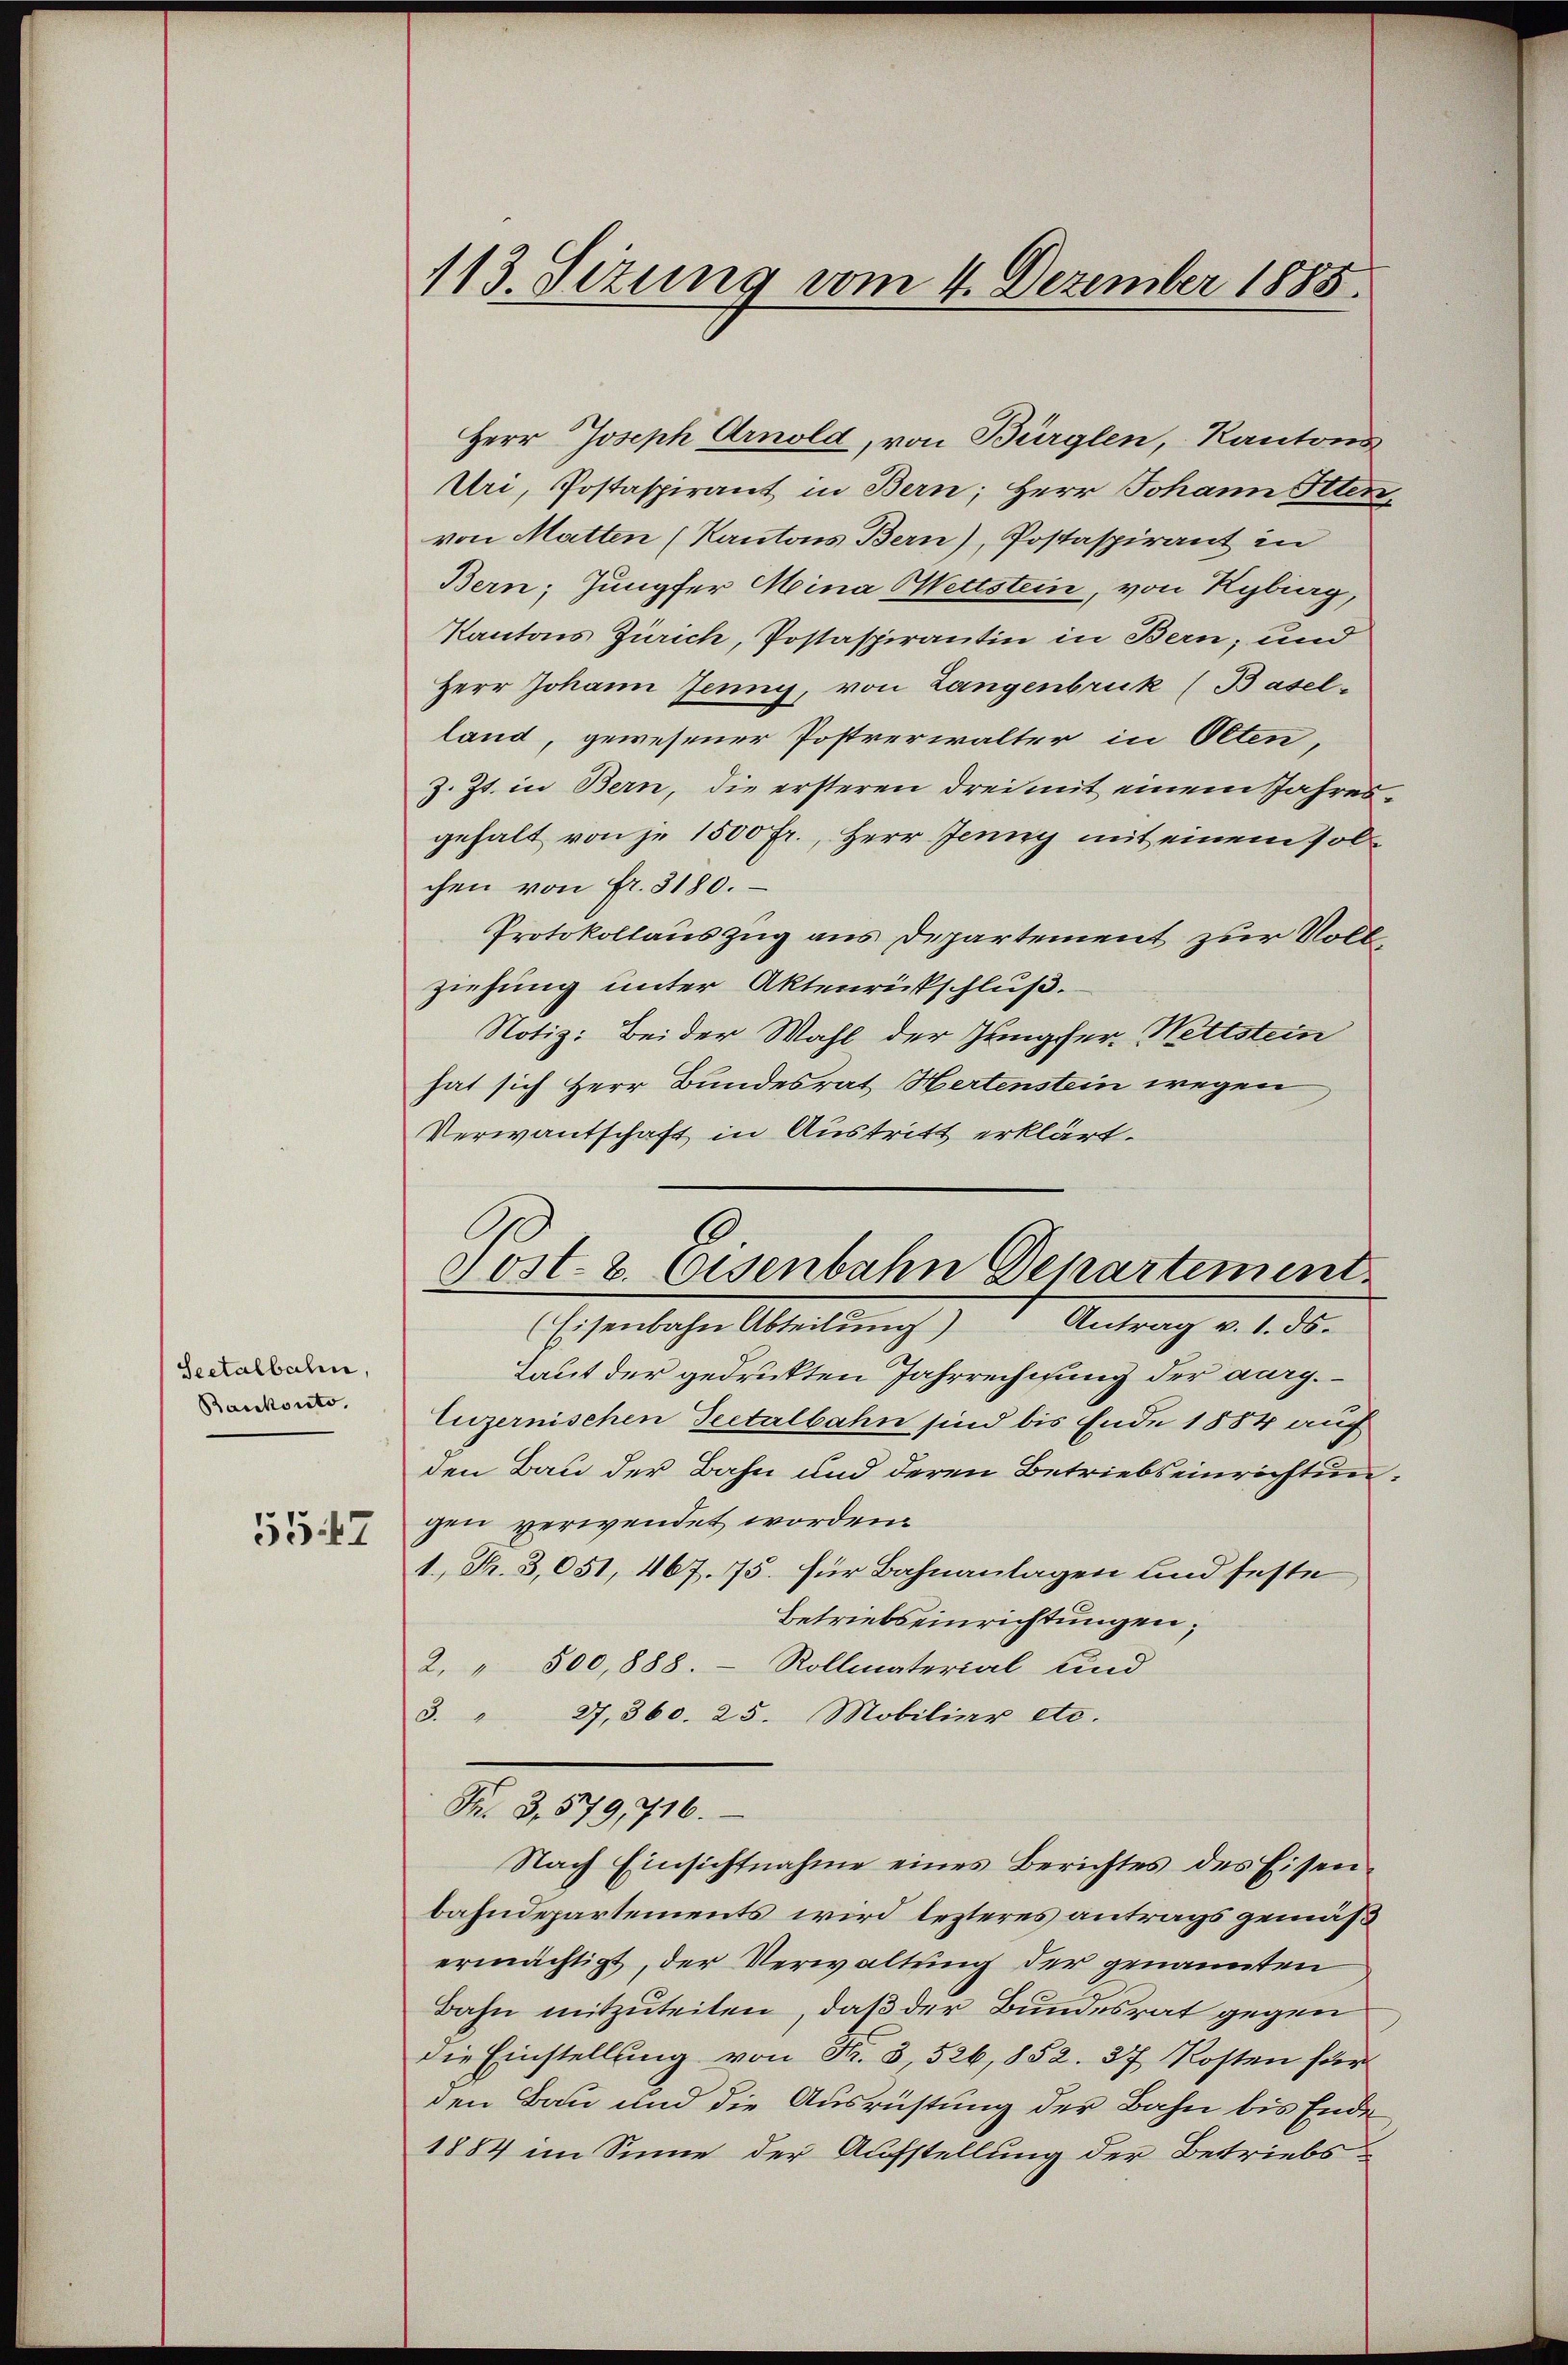
Seetalbahn,
Bankonto.

5547

113. Sezung vom 4. Dezember 1885.

Herr Joseph Arnold, von Bürglen, Kantons
Uri, Postaspirant in Bern; Herr Johann Otten,
von Matten (Kantons Bern), Postaspirant in
Bern; Jungfer Mina Wettstein, von Kyburg,
Kantons Zürich, Postaspirantin in Bern, und
Herr Johann Jenny, von Langenbruck (Basel-
land, gewesener Postverwalter in Olten,
z. Zt. in Bern, die ersteren drei mit einem Jahresgehalt von je 1500 fr., Herr Jenny mit einem solchen von fr. 3180.
Protokollauszug aus Departement zur Voll
ziehung unter Aktenrückschluß.
Notiz: Bei der Wahl der Jungfer Wettstein
hat sich Herr Bundesrat Hertenstein wegen
Verwandschaft in Austritt erklärt.
(Eisenbahn Abteilŭng Antrag v. 1. ds.
Laut der gedrukten Jahrrechisung der aurg.
luzernischen Peetalbahn sind bis Ende 1884 auch
den Bau der Bahn und deren Betriebseinrichtungen verwendet worden.
1 Fr. 3,051, 467. 75. für Bahnanlagen und feste
Betriebseinrichtungen,
2. " 500, 888. - Rollmaterial und
3. " 27,360. 25. Mobiliar etc.
Nr. 3, 579, 716.
Nach Einsichtnahme eines Berichtes des Eisenbahndepartements wird lezteres antrags gemäß
ermächtigt, der Verwaltung der genannten
Bahn mitzuteilen, daß der Bundesrat gegen
die Einstellung von Fr. 3, 526, 852. 37 Kosten für
den Bau und die Ausrüstung der Bahn bis Ende
1884 im Sinne der Aufstellung der Betriebs¬

1
oost- 2. Eisenbahn Departement